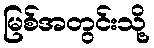
မြစ်အတွင်းသို့